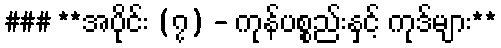
### **အပိုင်း (၇) - ကုန်ပစ္စည်းနှင့် ကုဒ်များ**